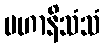
မဟာနိသံသံ